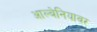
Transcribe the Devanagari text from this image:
आल्बेनियावर